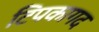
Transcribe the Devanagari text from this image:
टिपकागद